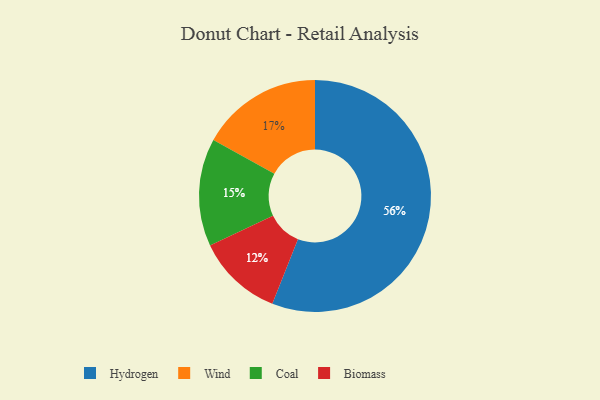
{"axis": {"x": "Category", "y": "Percentage"}, "legend": ["Biomass", "Coal", "Hydrogen", "Wind"], "data": [{"x": "Coal", "y": 15, "type": "Coal"}, {"x": "Hydrogen", "y": 56, "type": "Hydrogen"}, {"x": "Wind", "y": 17, "type": "Wind"}, {"x": "Biomass", "y": 12, "type": "Biomass"}]}